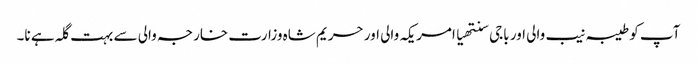
آپ کو طیبہ نیب والی اور باجی سنتھیا امریکہ والی اور حریم شاہ وزارت خارجہ والی سے بہت گلہ ہے نا۔